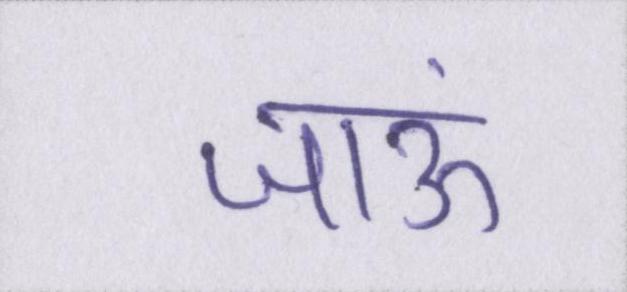
जाऊं